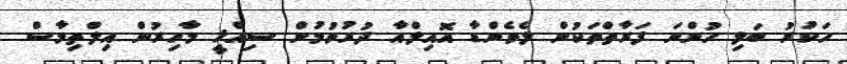
ހަކުރު ބަލި ހުންނަ ފަރާތްތަކުން ލެވެންޑާ އޮއިލްއާ ދުރުވުމުށް ސިއްޚީ މާހިރުން އިލްތިމާސް